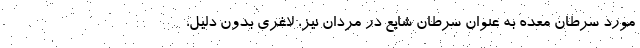
مورد سرطان معده به عنوان سرطان شایع در مردان نیز، لاغری بدون دلیل،